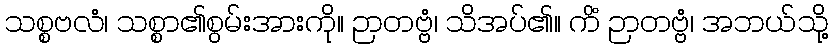
သစ္စဗလံ၊ သစ္စာ၏စွမ်းအားကို။ ဉာတဗ္ဗံ၊ သိအပ်၏။ ကိံ ဉာတဗ္ဗံ၊ အဘယ်သို့